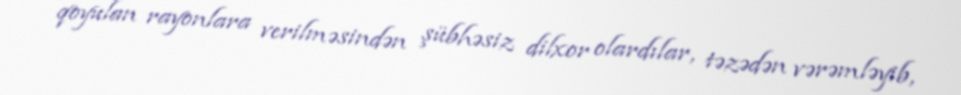
qoyulan rayonlara verilməsindən şübhəsiz dilxor olardılar, təzədən vərəmləyib,